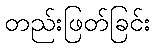
တည်းဖြတ်ခြင်း